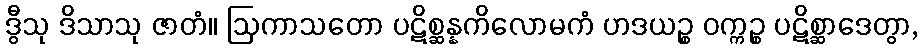
ဒွီသု ဒိသာသု ဇာတံ။ ဩကာသတော ပဋိစ္ဆန္နကိလောမကံ ဟဒယဉ္စ ဝက္ကဉ္စ ပဋိစ္ဆာဒေတွာ,